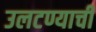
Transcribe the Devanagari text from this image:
उलटण्याची